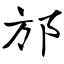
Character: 邡